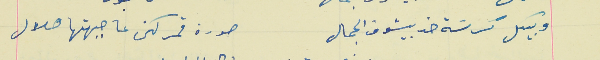
وبيكل كرسَة خد بيشوف الجمال                                 صورة قمر لكن عا جبهتها هلال